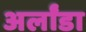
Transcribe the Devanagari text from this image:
अर्लांडा